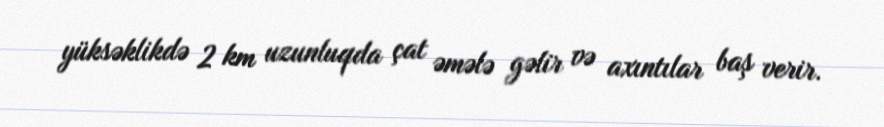
yüksəklikdə 2 km uzunluqda çat əmələ gəlir və axıntılar baş verir.